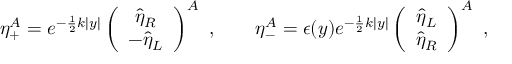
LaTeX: \eta _ { + } ^ { A } = e ^ { - \frac { 1 } { 2 } k | y | } \left( \begin{array} { c } { { \hat { \eta } _ { R } } } \\ { { - \hat { \eta } _ { L } } } \end{array} \right) ^ { A } \ , \qquad \eta _ { - } ^ { A } = \epsilon ( y ) e ^ { - \frac { 1 } { 2 } k | y | } \left( \begin{array} { c } { { \hat { \eta } _ { L } } } \\ { { \hat { \eta } _ { R } } } \end{array} \right) ^ { A } \ ,